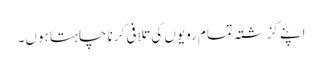
اپنے گزشتہ تمام رویوں کی تلافی کرنا چاہتا ہوں۔